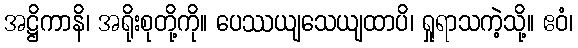
အဋ္ဌိကာနိ၊ အရိုးစုတို့ကို။ ပေဿယျသေယျထာပိ၊ ရှုရာသကဲ့သို့။ ဧဝံ၊